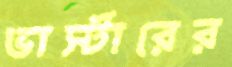
ভার্স্টারের